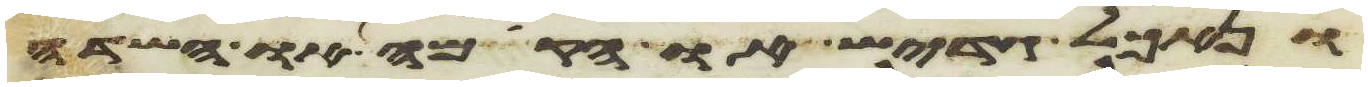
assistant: ונאכל גדיש או הקמה או שדה